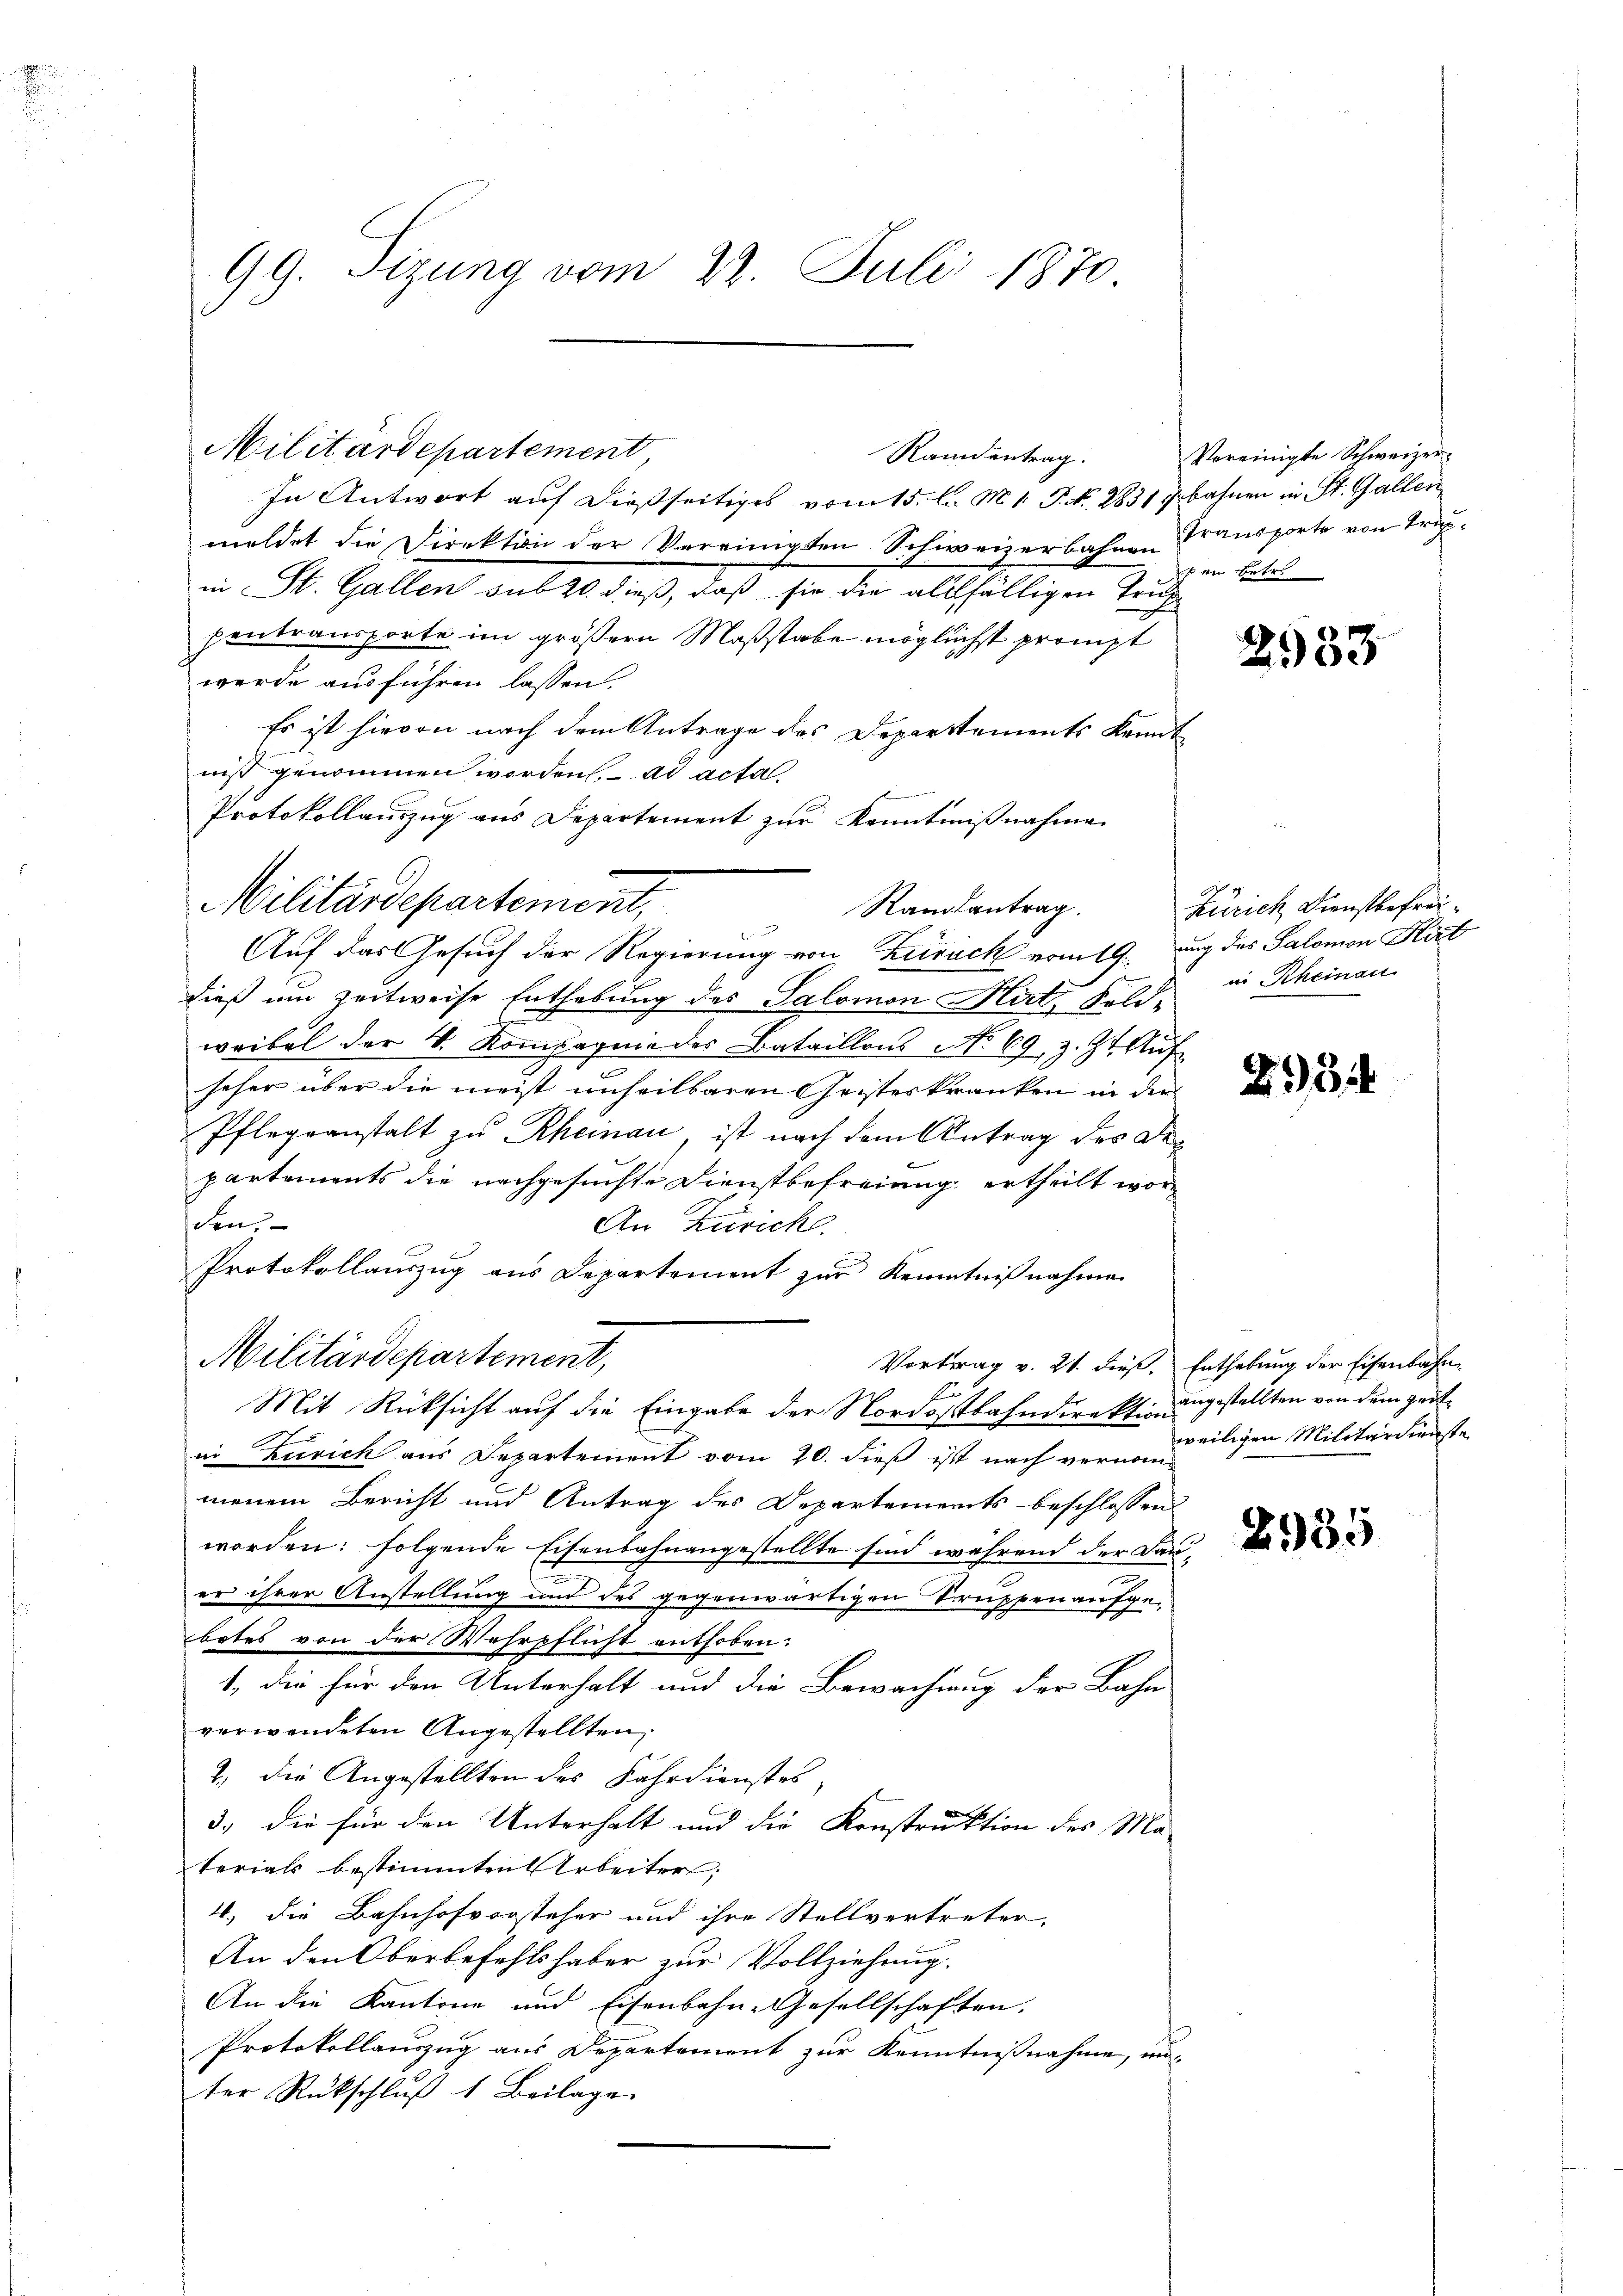
99. Sizung vom 22. Juli 1870.

Militärdepartement
Randantrag.
In Antwort auf dießseitiges vom 15. l. M. 1. P. Nr. 2831 bahnen in St. Gallen
meldet die Direktion der Vereinigten Schweizerbahnen Transporte von Trupin St. Gallen sub 20. dieß, daß sie die allfälligen Trup
pentransporte im größern Maßstabe möglichst prompt
werde ausführen lassen.
Es ist hievon nach dem Antrage des Departements kannt
niß genommen worden, ad acta.
Protokollauszug aus Departement zur Kenntnißnahme
Auf das Gesuch der Regierung von Zurück vom 19. Aug des Salomon Hirt
dieß um Zeitweise Enthebung des Salomon Hirt, Feld-
t
weibel der V. Kompagnie des Bataillons No 69, z. Zt. Auf
seher aber die meist unheilbaren Geisteskranken in der
Pflegeanstalt zu Rheinau, ist nach dem Antrag des Departements die nachgesuchte Dienstbefreiung ertheilt worden.
An Zürich
Protokollauszug aus Departement zur Kenntnißnahme
Militärdepartement,
Vortrag v. 21. dieß. Enthebung der Eisenbahn¬
E
Mit Rücksicht auf die Eingabe der Nordostbahndirekt angestellten von dem Zeitin Zürich aus Departement vom 20. dieß ist nach vernommenem Bericht und Antrag des Departements beschlossen:
worden: folgende Eisenbahnangestellte sind während der Dauer ihrer Anstellung und des gegenwärtigen Truppen aufgebotes von der Wehrpflicht enthoben.
1., die für den Unterhalt und die Bewachung der Bahn
verwendeten Angestellten,
2. Die Angestellten des Fahrdienstes,
3.) die für den Unterhalt und die Konstruktion des Ma-
terials bestimmten Arbeiter,
4.) Die Bahnhofvorsteher und ihre Stellvertreter.
An den Oberbefehlshaber zur Vollziehung.
An die Kantone und Eisenbahn-Gesellschaften.
Protokollauszug aus Departement zur Kenntnißnahme, unter Rückschluß 1 Beilage

Militärdepartement,

Randsantrag.

Vereinigte Schweizers ein Betre

2933

Zürich Dienstbefreiin Rheinau

251

weiligen Militärdienste

2935